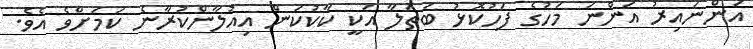
އަންނައިރު އަންނަ މަހުގެ ފަހުކޮޅު ބަތަލާ އަކީ ކާކުކަން އިއުލާންކުރާނެ ކަމަށްވެ އެވެ.